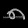
Digit: ၅